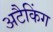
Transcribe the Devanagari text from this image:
अटैकिंग